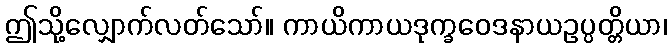
ဤသို့လျှောက်လတ်သော်။ ကာယိကာယဒုက္ခဝေဒနာယဥပ္ပတ္တိယာ၊